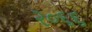
૨૦૬૬